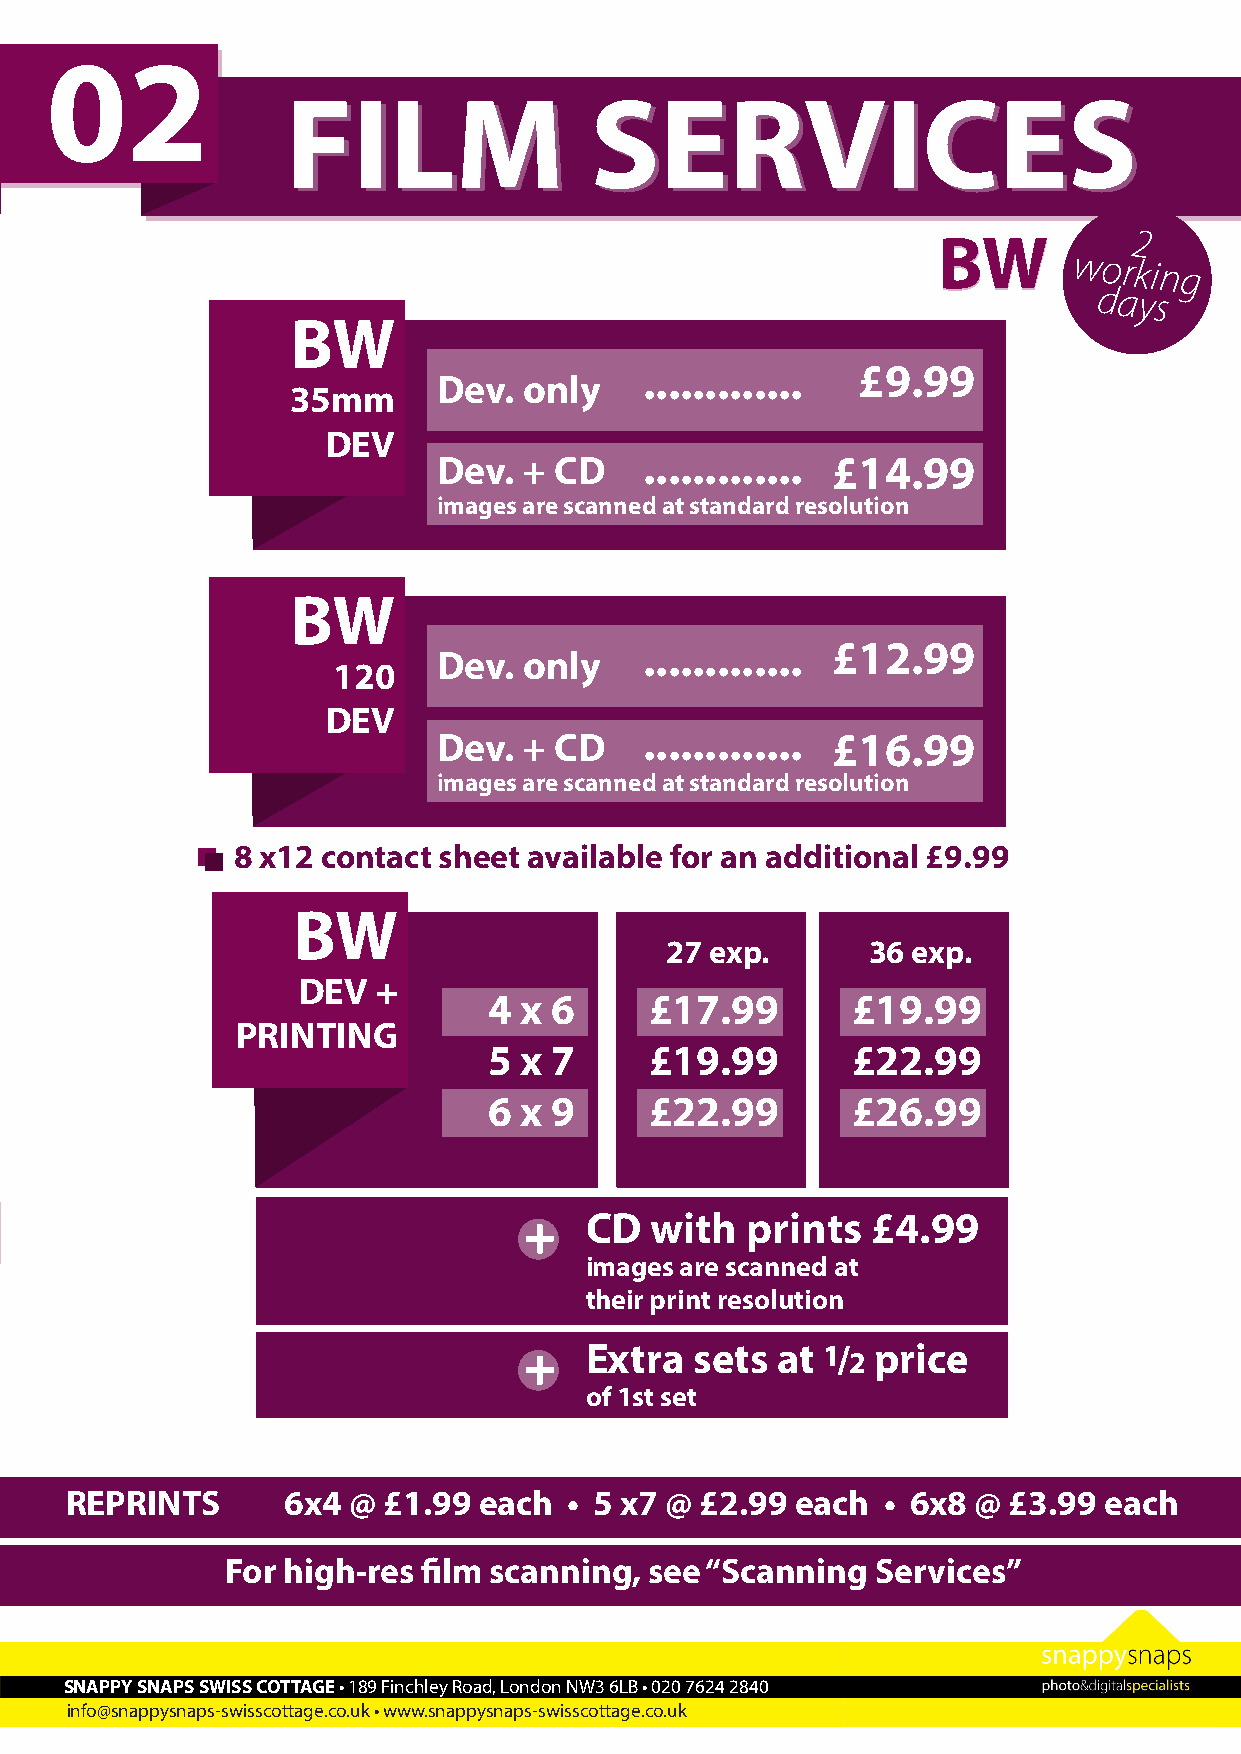
02
 FFIILLMM            SSEERRVVIICCEESS
 BBWW         2
 working
 days
 BW
 ............. £9.99
 Dev.  only
 35mm
 DEV
 Dev.  + CD    ............. £14.99
 images are scanned at standard resolution
 BW
 ............. £12.99
 Dev.  only
 120
 DEV
 Dev.  + CD    ............. £16.99
 images are scanned at standard resolution
 8 x12 contact sheet available for an additional £9.99
 BW
 27 exp.      36 exp.
 DEV  +
 4 x 6      £17.99       £19.99
 PRINTING
 5 x 7      £19.99       £22.99
 6 x 9      £22.99       £26.99
 REPRINTS 6x4 @ £2.99 each • 5 x7 @ £3.99 each • 6x8 @ £4.99 each + CD with prints £4.99
 images are scanned at
 their print resolution
 +   Extra  sets at 1/  price
 2
 of 1st set
 REPRINTS       6x4 @ £1.99  each  • 5 x7 @ £2.99 each • 6x8 @  £3.99 each
 For high-res film scanning, see “Scanning  Services”
 SNAPPY SNAPS SWISS COTTAGE • 189 Finchley Road, London NW3 6LB • 020 7624 2840
 info@snappysnaps-swisscottage.co.uk • www.snappysnaps-swisscottage.co.uk